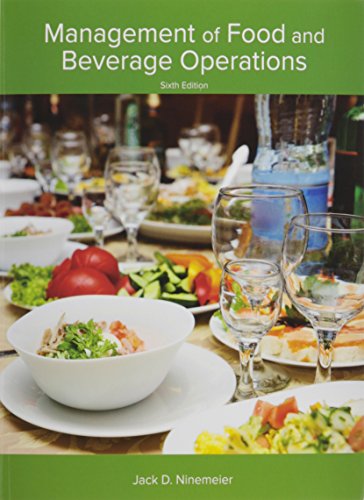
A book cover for Management of Food and Beverage Operations (AHLEI) (6th Edition); Jack D Ninemeier; Cookbooks, Food & Wine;